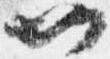
以